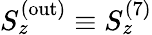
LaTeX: S_{z}^{(\mathrm{out})}\equiv S_{z}^{(7)}